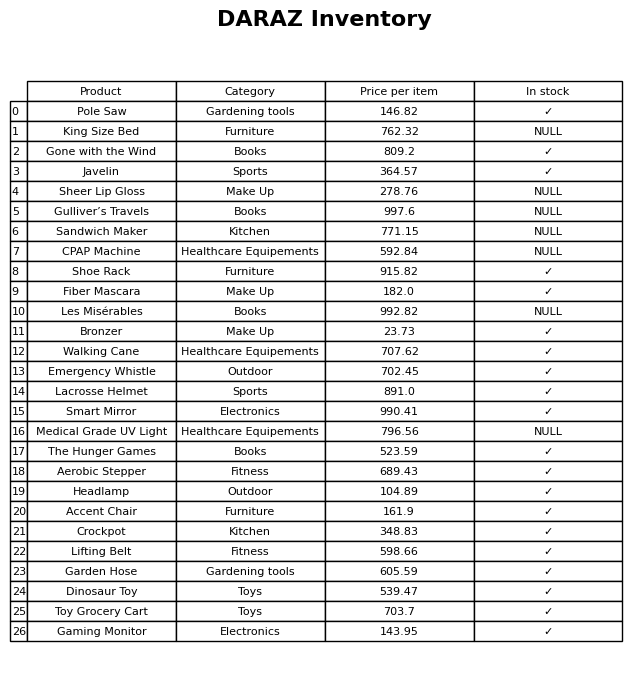
question: What is the price of the Smart Mirror?
answer: The price of Smart Mirror is 990.41.